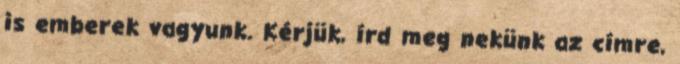
is emberek vagyunk. Kérjük, írd meg nekünk az címre,